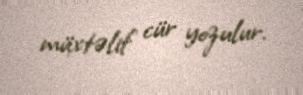
müxtəlif cür yozulur.